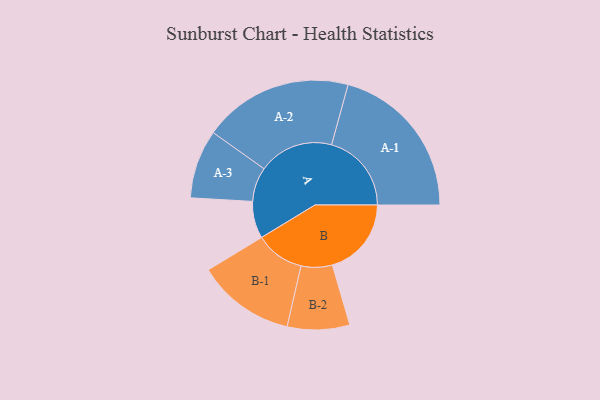
{"axis": {"x": "Segment", "y": "Value"}, "legend": ["", "A", "B"], "data": [{"x": "A", "y": 126, "type": ""}, {"x": "B", "y": 269, "type": ""}, {"x": "A-1", "y": 272, "type": "A"}, {"x": "A-2", "y": 255, "type": "A"}, {"x": "A-3", "y": 117, "type": "A"}, {"x": "B-1", "y": 167, "type": "B"}, {"x": "B-2", "y": 106, "type": "B"}]}